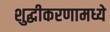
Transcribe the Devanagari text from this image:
शुद्धीकरणामध्ये